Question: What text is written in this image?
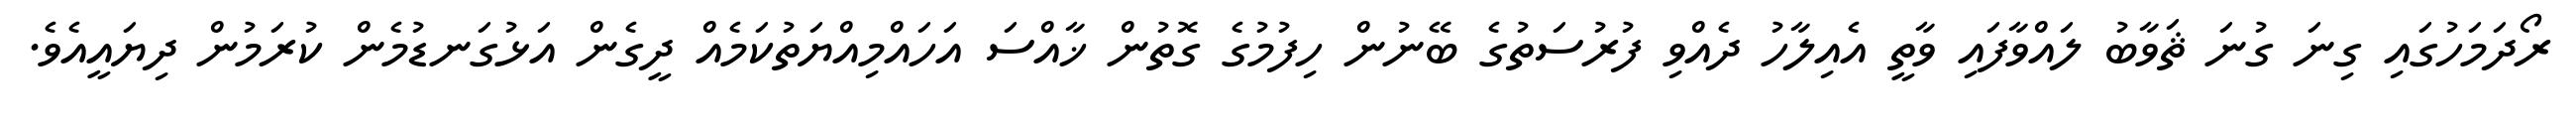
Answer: ރޯދަމަހުގައި ގިނަ ގުނަ ޘަވާބު ލައްވާފައި ވާތީ އެއިލާހު ދެއްވި ފުރުސަތުގެ ބޭނުން ހިފުމުގެ ގޮތުން ޚާއްސަ އަހައްމިއްޔަތުކަމެއް ދީގެން އަޅުގަނޑުމެން ކުރަމުން ދިޔައީއެވެ.